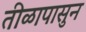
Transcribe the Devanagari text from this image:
तीळापासुन